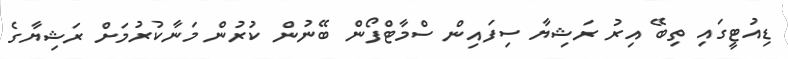
ޑިއުޓީގައި ތިބޭ އިރު ރަޝިޔާ ސިފައިން ސްމާޓްފޯން ބޭނުން ކުރުން މަނާކުރުމަށް ރަޝިޔާގެ